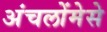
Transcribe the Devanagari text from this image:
अंचलोंमेसे